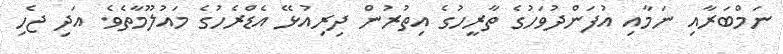
ނަމްބަރާއި ނަމާއި އުފަންދުވަހުގެ ތާރީހުގެ އިތުރުން ދިރިއުޅޭ އެޑްރެހުގެ މައުލޫމާތެވެ. އަދި ޖެހި